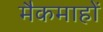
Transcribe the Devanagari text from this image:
मैकमाहों